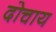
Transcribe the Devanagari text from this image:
दोचाय